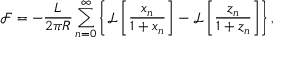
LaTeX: \mathcal { F } = - \frac { L } { 2 \pi R } \sum _ { n = 0 } ^ { \infty } \left\{ \mathcal { L } \left[ \frac { x _ { n } } { 1 + x _ { n } } \right] - \mathcal { L } \left[ \frac { z _ { n } } { 1 + z _ { n } } \right] \right\} ,